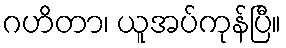
ဂဟိတာ၊ ယူအပ်ကုန်ပြီ။